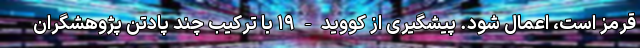
قرمز است، اعمال شود. پیشگیری از کووید-۱۹ با ترکیب چند پادتن پژوهشگران